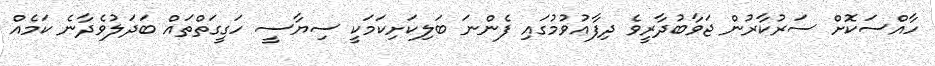
ހާއްސަކޮށް ސަރުކާރުން ޖަވާބުދާރީވެ ދިފާއުވުމުގައި ފެންނަ ބަލިކަށިކަމަކީ ސިޔާސީ ހަގީގަތްތައް ބަދަލުވެދާނެ ކަމެއް